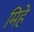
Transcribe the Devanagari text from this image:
मिहे